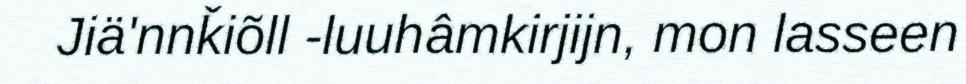
Jiä'nnǩiõll -luuhâmkirjijn, mon lasseen